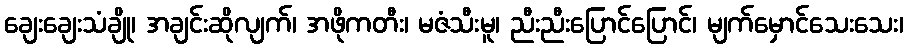
ချေးချေးသံချို၊ အချင်းဆိုလျက်၊ အဖိုကတီး၊ မဇံသီးမူ၊ ညီးညီးပြောင်ပြောင်၊ မျက်မှောင်သေးသေး၊